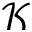
\mathcal { K }